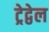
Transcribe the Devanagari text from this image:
ट्रेद्वेल